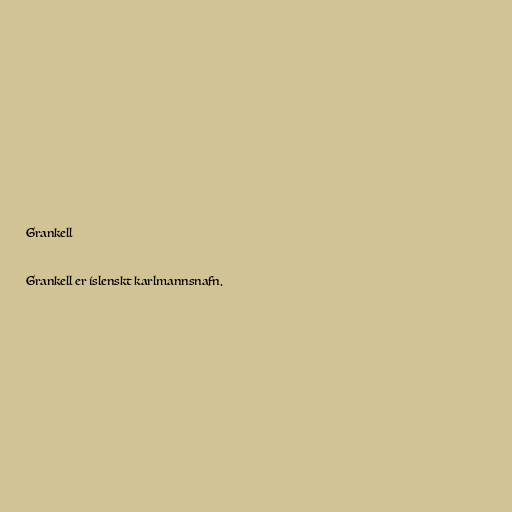
Grankell

Grankell er íslenskt karlmannsnafn.